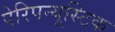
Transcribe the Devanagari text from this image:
पेरिपन्यूस्टिक